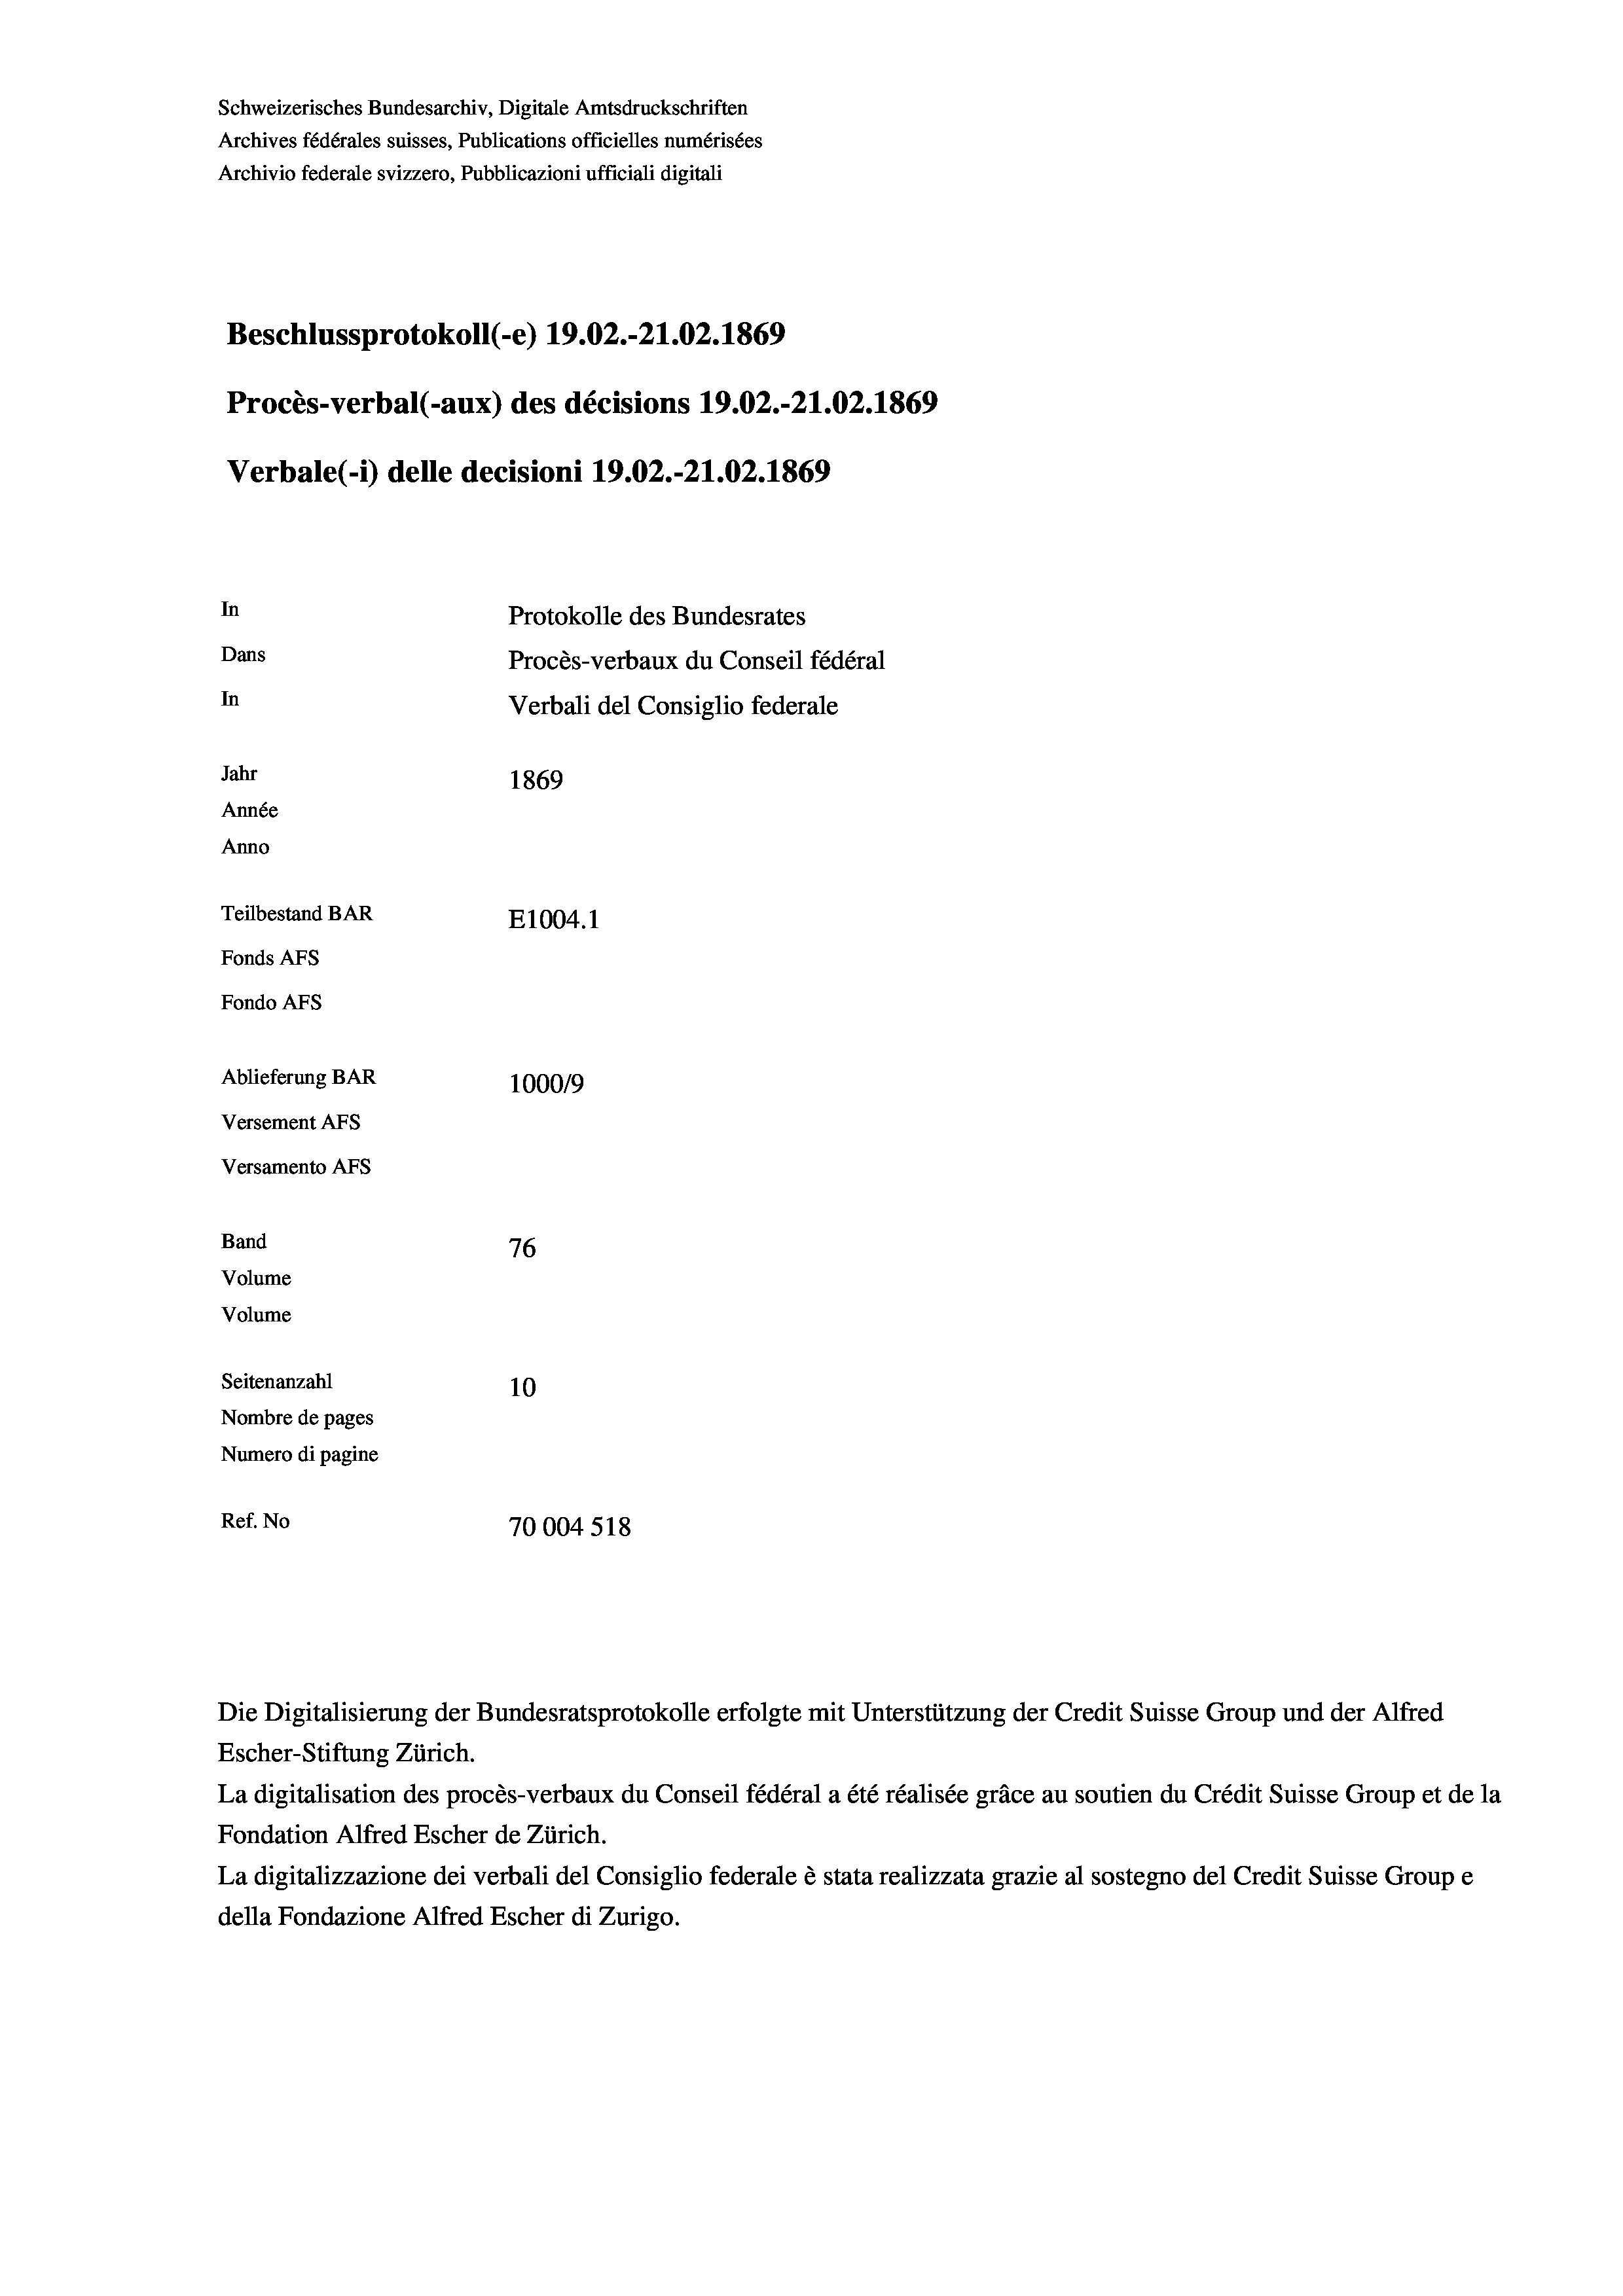
Schweizerisches Bundesarchiv, Digitale Amtsdruckschriften
Archives fédérales suisses, Publications officielles numérisées
Archivio federale svizzero, Pubblicazioni ufficiali digitali
Beschlussprotokoll (-e) 19.02.-21.02. 1869
Procès-verbal (-aux) des décisions 19.02.-21.02. 1869
Verbale(-*) delle decisioni 19.02.-21.02. 1869
In
Protokolle des Bundesrates
Dans
Procès-verbaux du Conseil fédéral
In
Verbali del Consiglio federale
Jahr
1869
Année
Anno
Teilbestand BAR
E1004.1
Fonds AFs
Fondo AFS
Ablieferung BAR
100019
Versement AFs
Versamento AFs
Band
76
Volume
Volume
Seitenanzahl
10
Nombre de pages
Numero di pagine
Ref. No
70004 518

Escher-Stiftung Zürich.
La digitalisation des procès-verbaux du Conseil fédéral a été réalisée gräce au soutien du Crédit Suisse Group et de la
Fondation Alfred Escher de Zürich.
La digitalizzazione dei verbali del Consiglio federale è stata realizzata grazie al sostegno del Credit Suisse Groupe
della Fondazione Alfred Escher di Zurigo.

Die Digitalisierung der Bundesratsprotokolle erfolgte mit Unterstützung der Credit Suisse Group und der Alfred